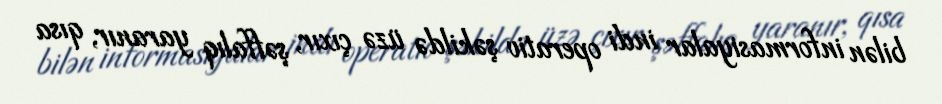
bilən informasiyalar indi operativ şəkildə üzə çıxır, şəffalıq yaranır, qısa